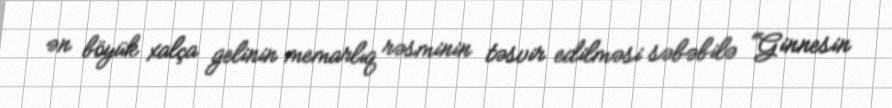
ən böyük xalça gelinin memarlıq rəsminin təsvir edilməsi səbəbilə “Ginnesin